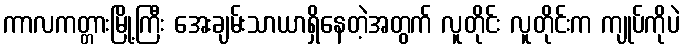
ကာလကတ္တားမြို့ကြီး အေးချမ်းသာယာရှိနေတဲ့အတွက် လူတိုင်း လူတိုင်းက ကျုပ်ကိုပဲ